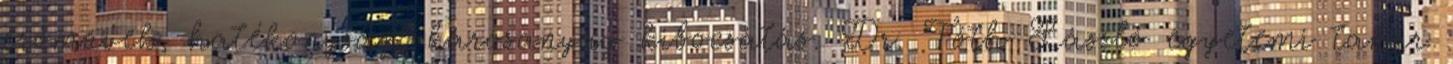
erőművek, hatékonyság, károsanyag kibocsátás. Dr. Tóth László egyetemi tanár